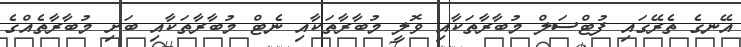
އޭނގެ ތެރޭގައި ފުޓްސަލް މުބާރާތަކާއި ވޮލީ މުބާރާތަކާއި ނެޓް މުބާރާތަކާއި ބަށި މުބާރާތެއްގެ